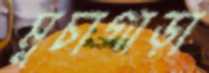
মুচাগাড়া